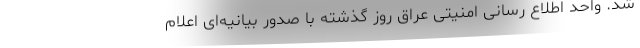
شد. واحد اطلاع رسانی امنیتی عراق روز گذشته با صدور بیانیه‌ای اعلام